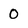
Character: 0